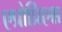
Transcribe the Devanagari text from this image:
एप्रोप्रिएश्न